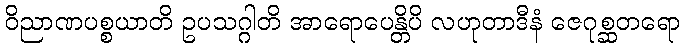
ဝိညာဏပစ္စယာတိ ဥပသဂ္ဂါတိ အာရောပေန္တိပိ လဟုတာဒီနံ ဇေဂုစ္ဆတရော